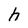
Character: h